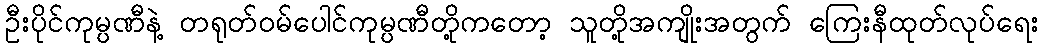
ဦးပိုင်ကုမ္ပဏီနဲ့ တရုတ်ဝမ်ပေါင်ကုမ္ပဏီတို့ကတော့ သူတို့အကျိုးအတွက် ကြေးနီထုတ်လုပ်ရေး